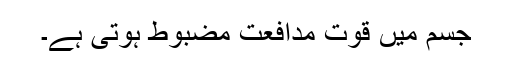
جسم میں قوت مدافعت مضبوط ہوتی ہے۔